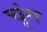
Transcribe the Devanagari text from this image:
चूंग